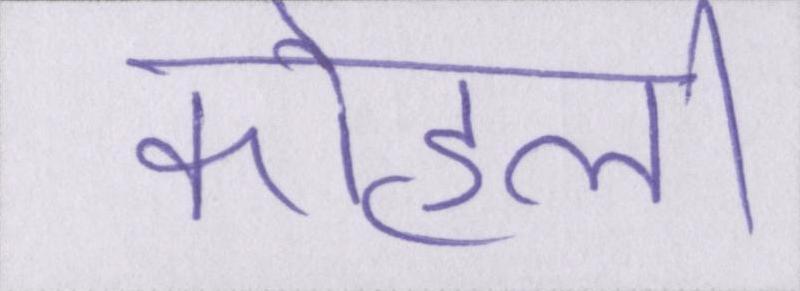
कोहली